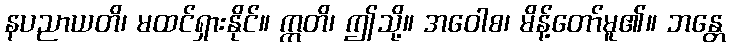
နပညာယတိ၊ မထင်ရှားနိုင်။ ဣတိ၊ ဤသို့။ အဝေါစ၊ မိန့်တော်မူ၏။ ဘန္တေ